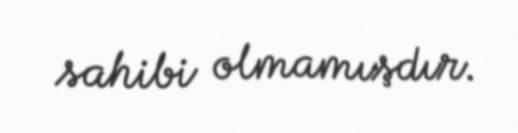
sahibi olmamışdır.